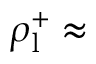
\rho _ { \mathrm { l } } ^ { + } \approx